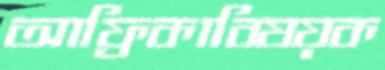
আফ্রিকাবিষয়ক